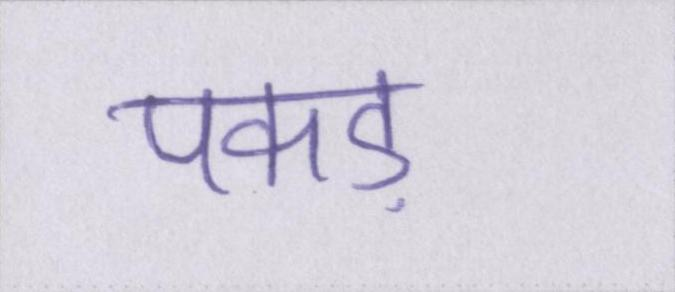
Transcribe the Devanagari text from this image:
पकड़